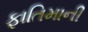
ફાતિમાની